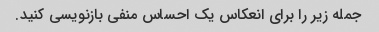
جمله زیر را برای انعکاس یک احساس منفی بازنویسی کنید.